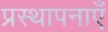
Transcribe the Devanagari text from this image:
प्रस्थापनाएँ